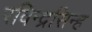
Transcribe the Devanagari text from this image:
रविन्द्रसिन्ह